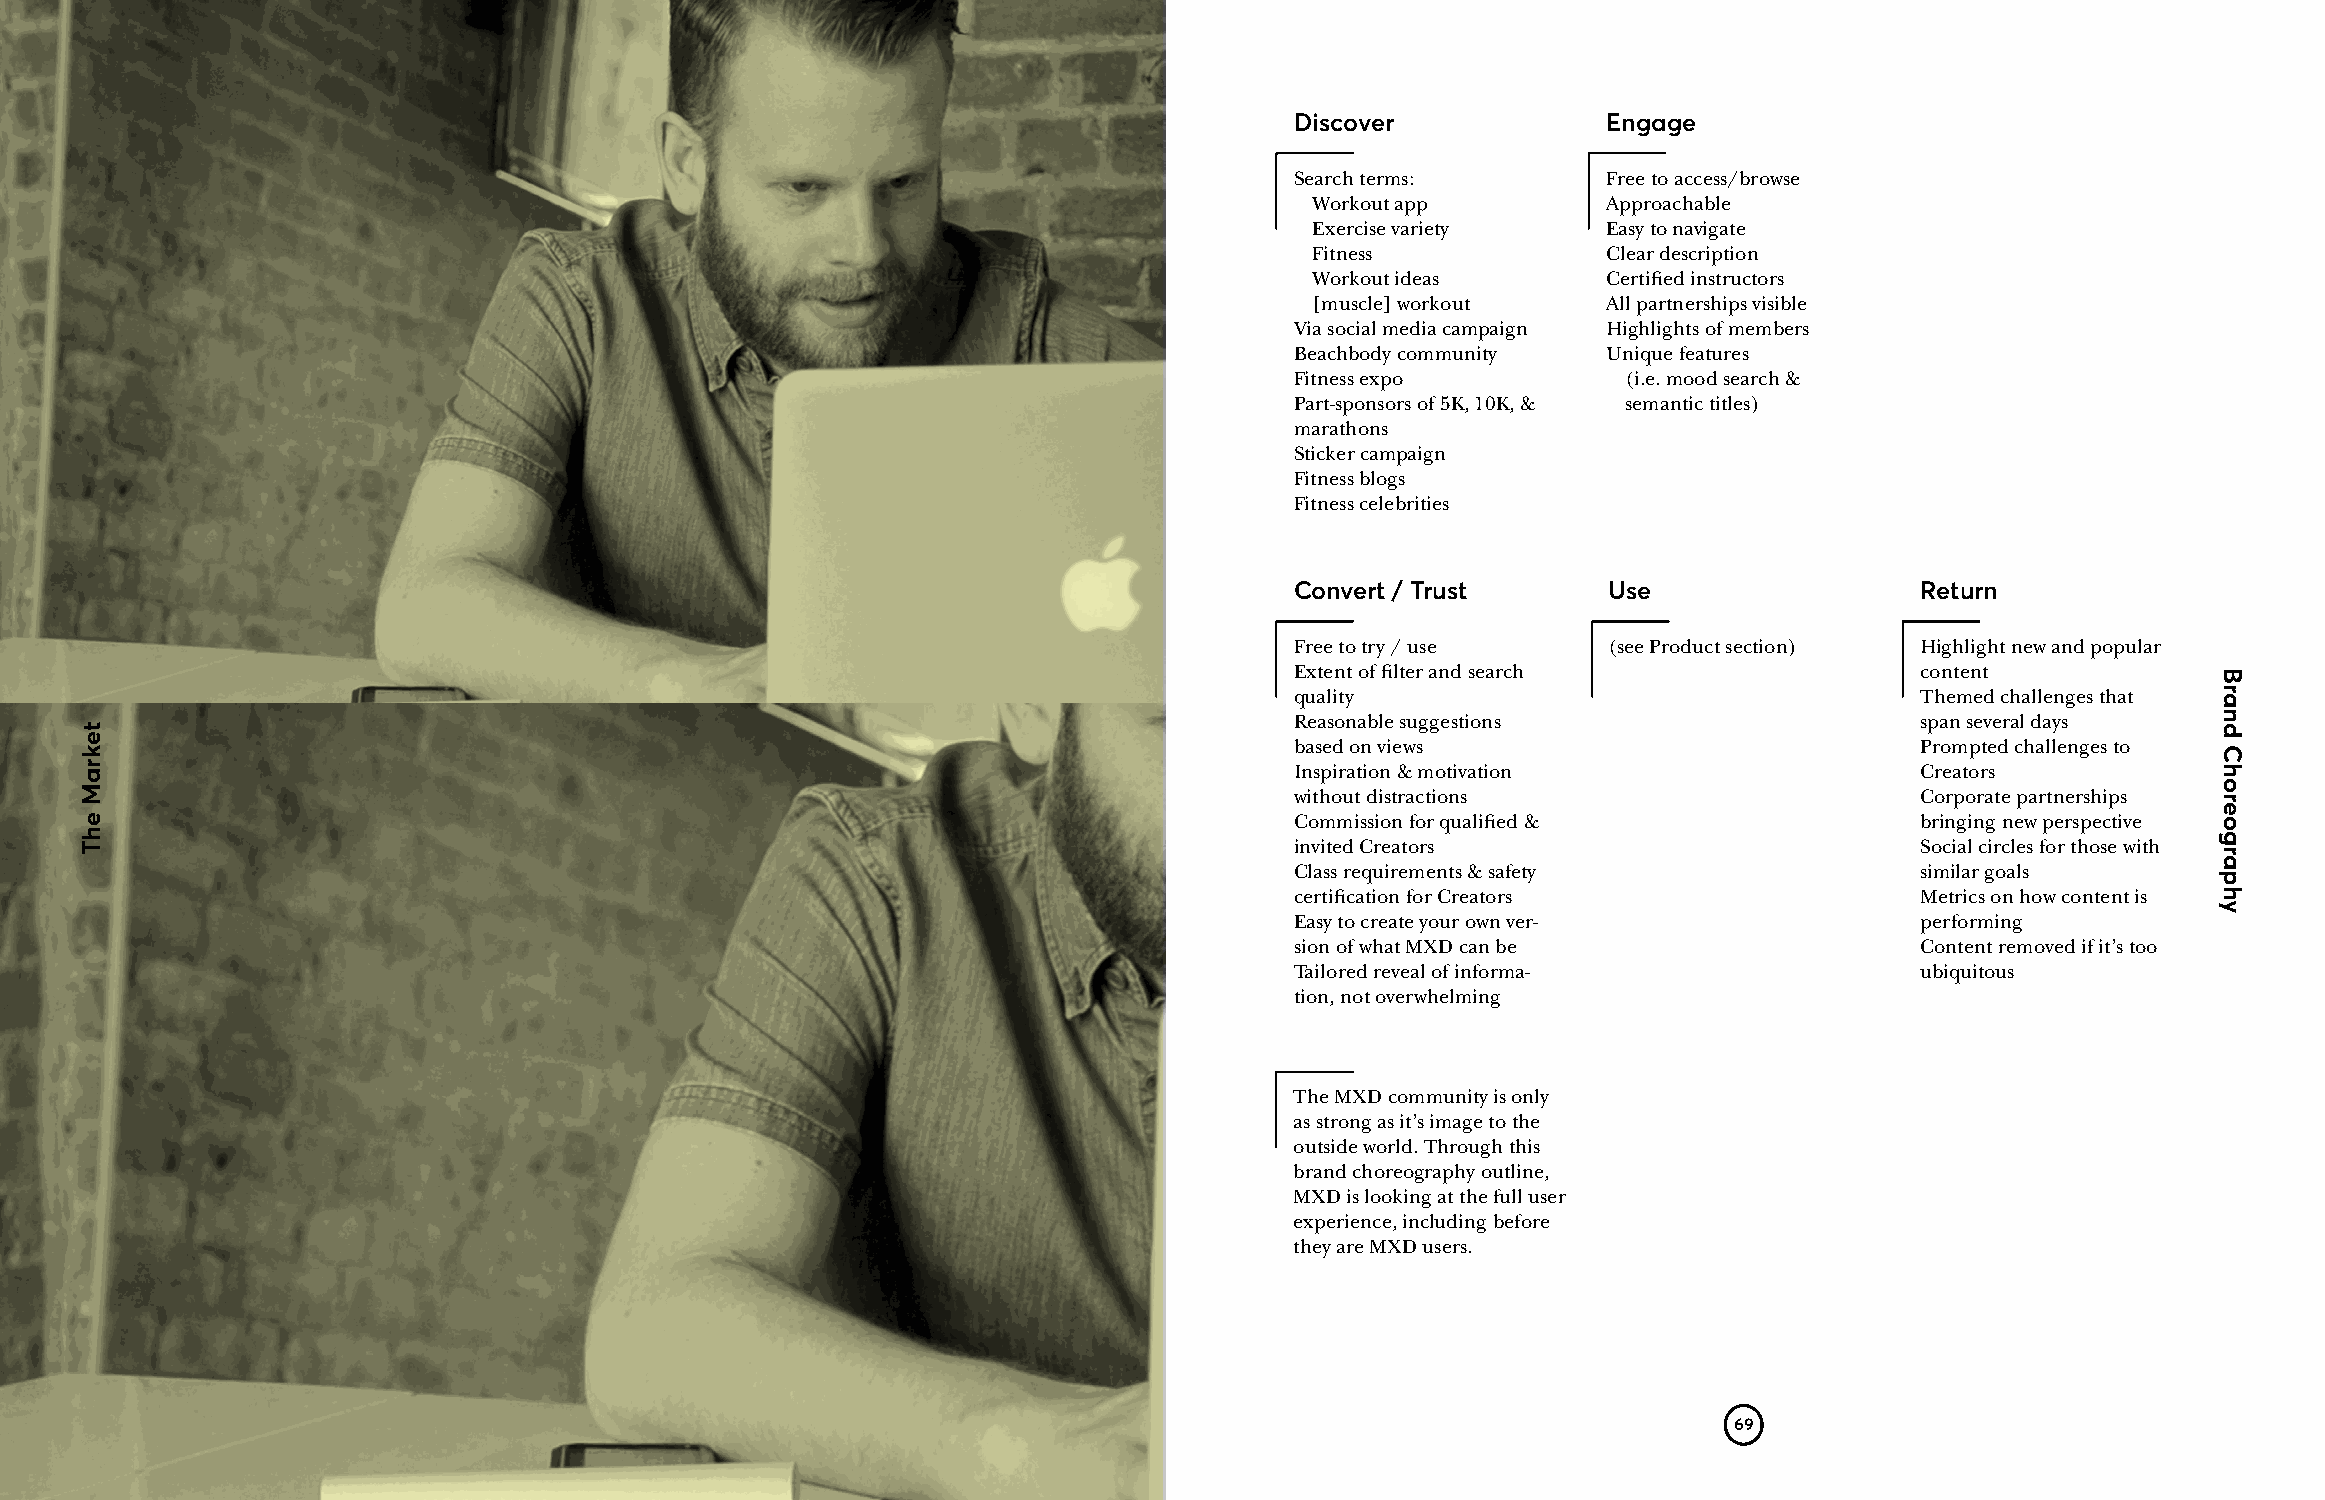
Discover            Engage
 Search terms:       Free to access/browse
 Workout app        Approachable
 Exercise variety   Easy to navigate
 Fitness            Clear description
 Workout ideas      Certified instructors
 [muscle] workout   All partnerships visible
 Via social media campaign Highlights of members
 Beachbody community Unique features
 Fitness expo          (i.e. mood search &
 Part-sponsors of 5K, 10K, & semantic titles)
 marathons
 Sticker campaign
 Fitness blogs
 Fitness celebrities
 Convert / Trust     Use                  Return
 Free to try / use   (see Product section) Highlight new and popular
 Extent of filter and search              content
 quality                                  Themed challenges that
 Reasonable suggestions                   span several days
 based on views                           Prompted challenges to
 Inspiration & motivation                 Creators
 without distractions                     Corporate partnerships
 Commission for qualified &               bringing new perspective
 invited Creators                         Social circles for those with
 Class requirements & safety              similar goals
 certification for Creators               Metrics on how content is
 Easy to create your own ver-             performing
 sion of what MXD can be                  Content removed if it’s too
 Tailored reveal of informa-              ubiquitous
 tion, not overwhelming
 The MXD community is only
 as strong as it’s image to the
 outside world. Through this
 brand choreography outline,
 MXD is looking at the full user
 experience, including before
 they are MXD users.
 69
 tekraM
 ehT
 Brand
 Choreography